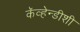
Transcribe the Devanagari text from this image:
कॅव्हेन्डीशी